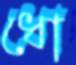
ধো